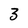
Character: 3